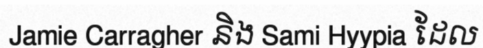
Jamie Carragher និង Sami Hyypia ដែល